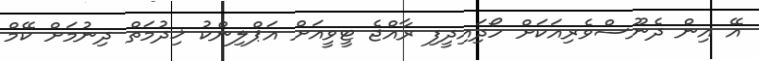
އޭ އިން ދެނޫސްވެރިއަކަށް ހޯދަިއިދީފި ރާއްޖެ ޓީވީއަށް އަޕްލިންކު ޚިދުމަތް ދިނުމަށް ކޭމް